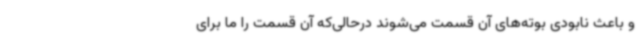
و باعث نابودی بوته‌های آن قسمت می‌شوند درحالی‌که آن قسمت را ما برای